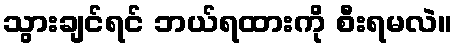
သွားချင်ရင် ဘယ်ရထားကို စီးရမလဲ။